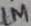
Text: 1M